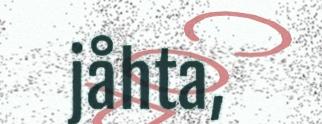
jåhta,